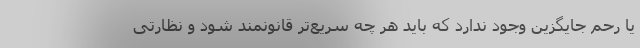
یا رحم جایگزین وجود ندارد که باید هر چه سریع‌تر قانونمند شود و نظارتی